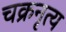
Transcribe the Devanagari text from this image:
चक्रनृत्य